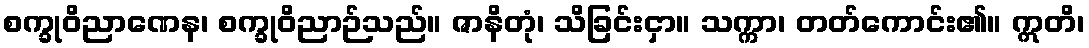
စက္ခုဝိညာဏေန၊ စက္ခုဝိညာဉ်သည်။ ဇာနိတုံ၊ သိခြင်းငှာ။ သက္ကာ၊ တတ်ကောင်း၏။ ဣတိ၊